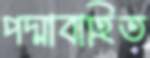
পদ্মাবাহিত